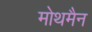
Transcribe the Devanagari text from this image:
मोथमैन